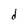
Character: d